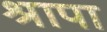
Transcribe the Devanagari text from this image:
श्रापा